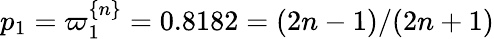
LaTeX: p_{1}=\varpi_{1}^{\{ n\} }=0.8182=(2n-1)/(2n+1)